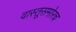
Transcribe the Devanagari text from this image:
वास्तूसमोरच